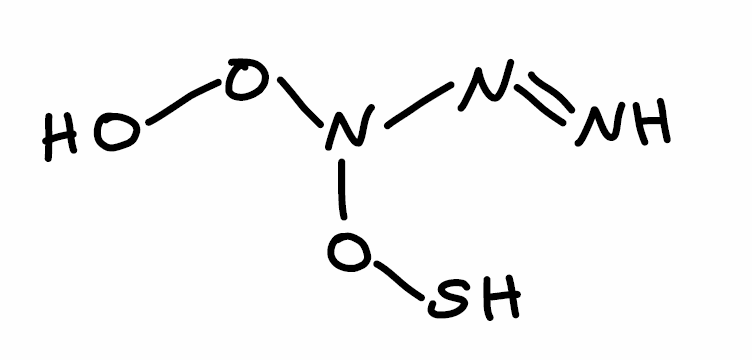
Simplified molecular-input line-entry system (SMILES) notation of the given molecule:
N=NN(OO)OS